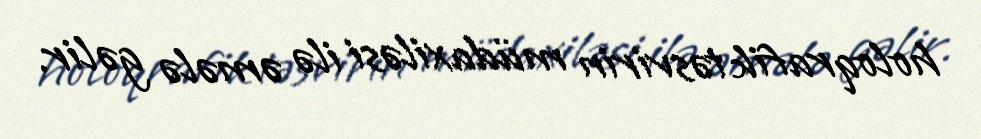
holoqrafik təsvirin müdaxiləsi ilə əmələ gəlir.